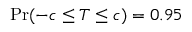
\operatorname* { P r } ( - c \leq T \leq c ) = 0 . 9 5